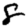
Digit: 8